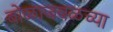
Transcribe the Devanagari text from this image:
बोळाजवळच्या